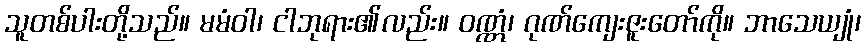
သူတစ်ပါးတို့သည်။ မမံဝါ၊ ငါဘုရား၏လည်း။ ဝဏ္ဏံ၊ ဂုဏ်ကျေးဇူးတော်ကို။ ဘာသေယျုံ၊